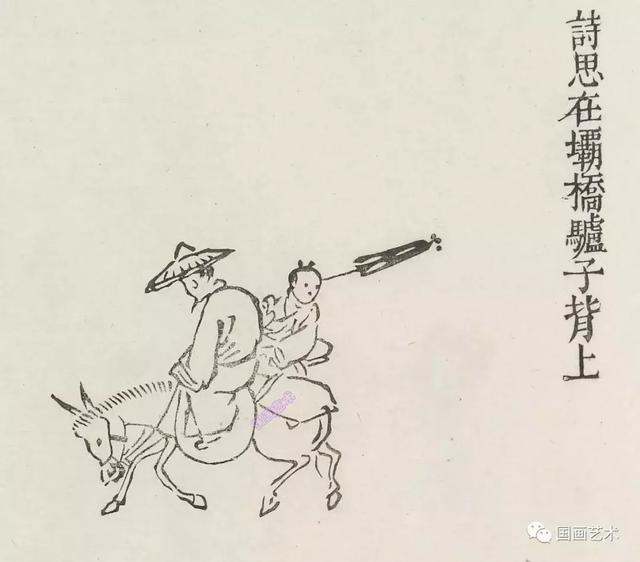
此地朝来饯行者，翻向此中牧征马。